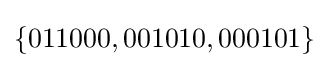
\{011000,001010,000101\}